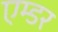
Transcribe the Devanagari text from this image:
एम्डर